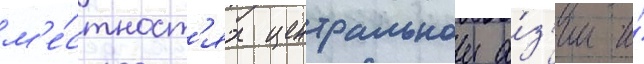
м'е́стност'ях центральнои а́з'ии и́